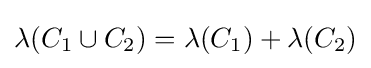
\lambda (C_{1}\cup C_{2})=\lambda (C_{1})+\lambda (C_{2})